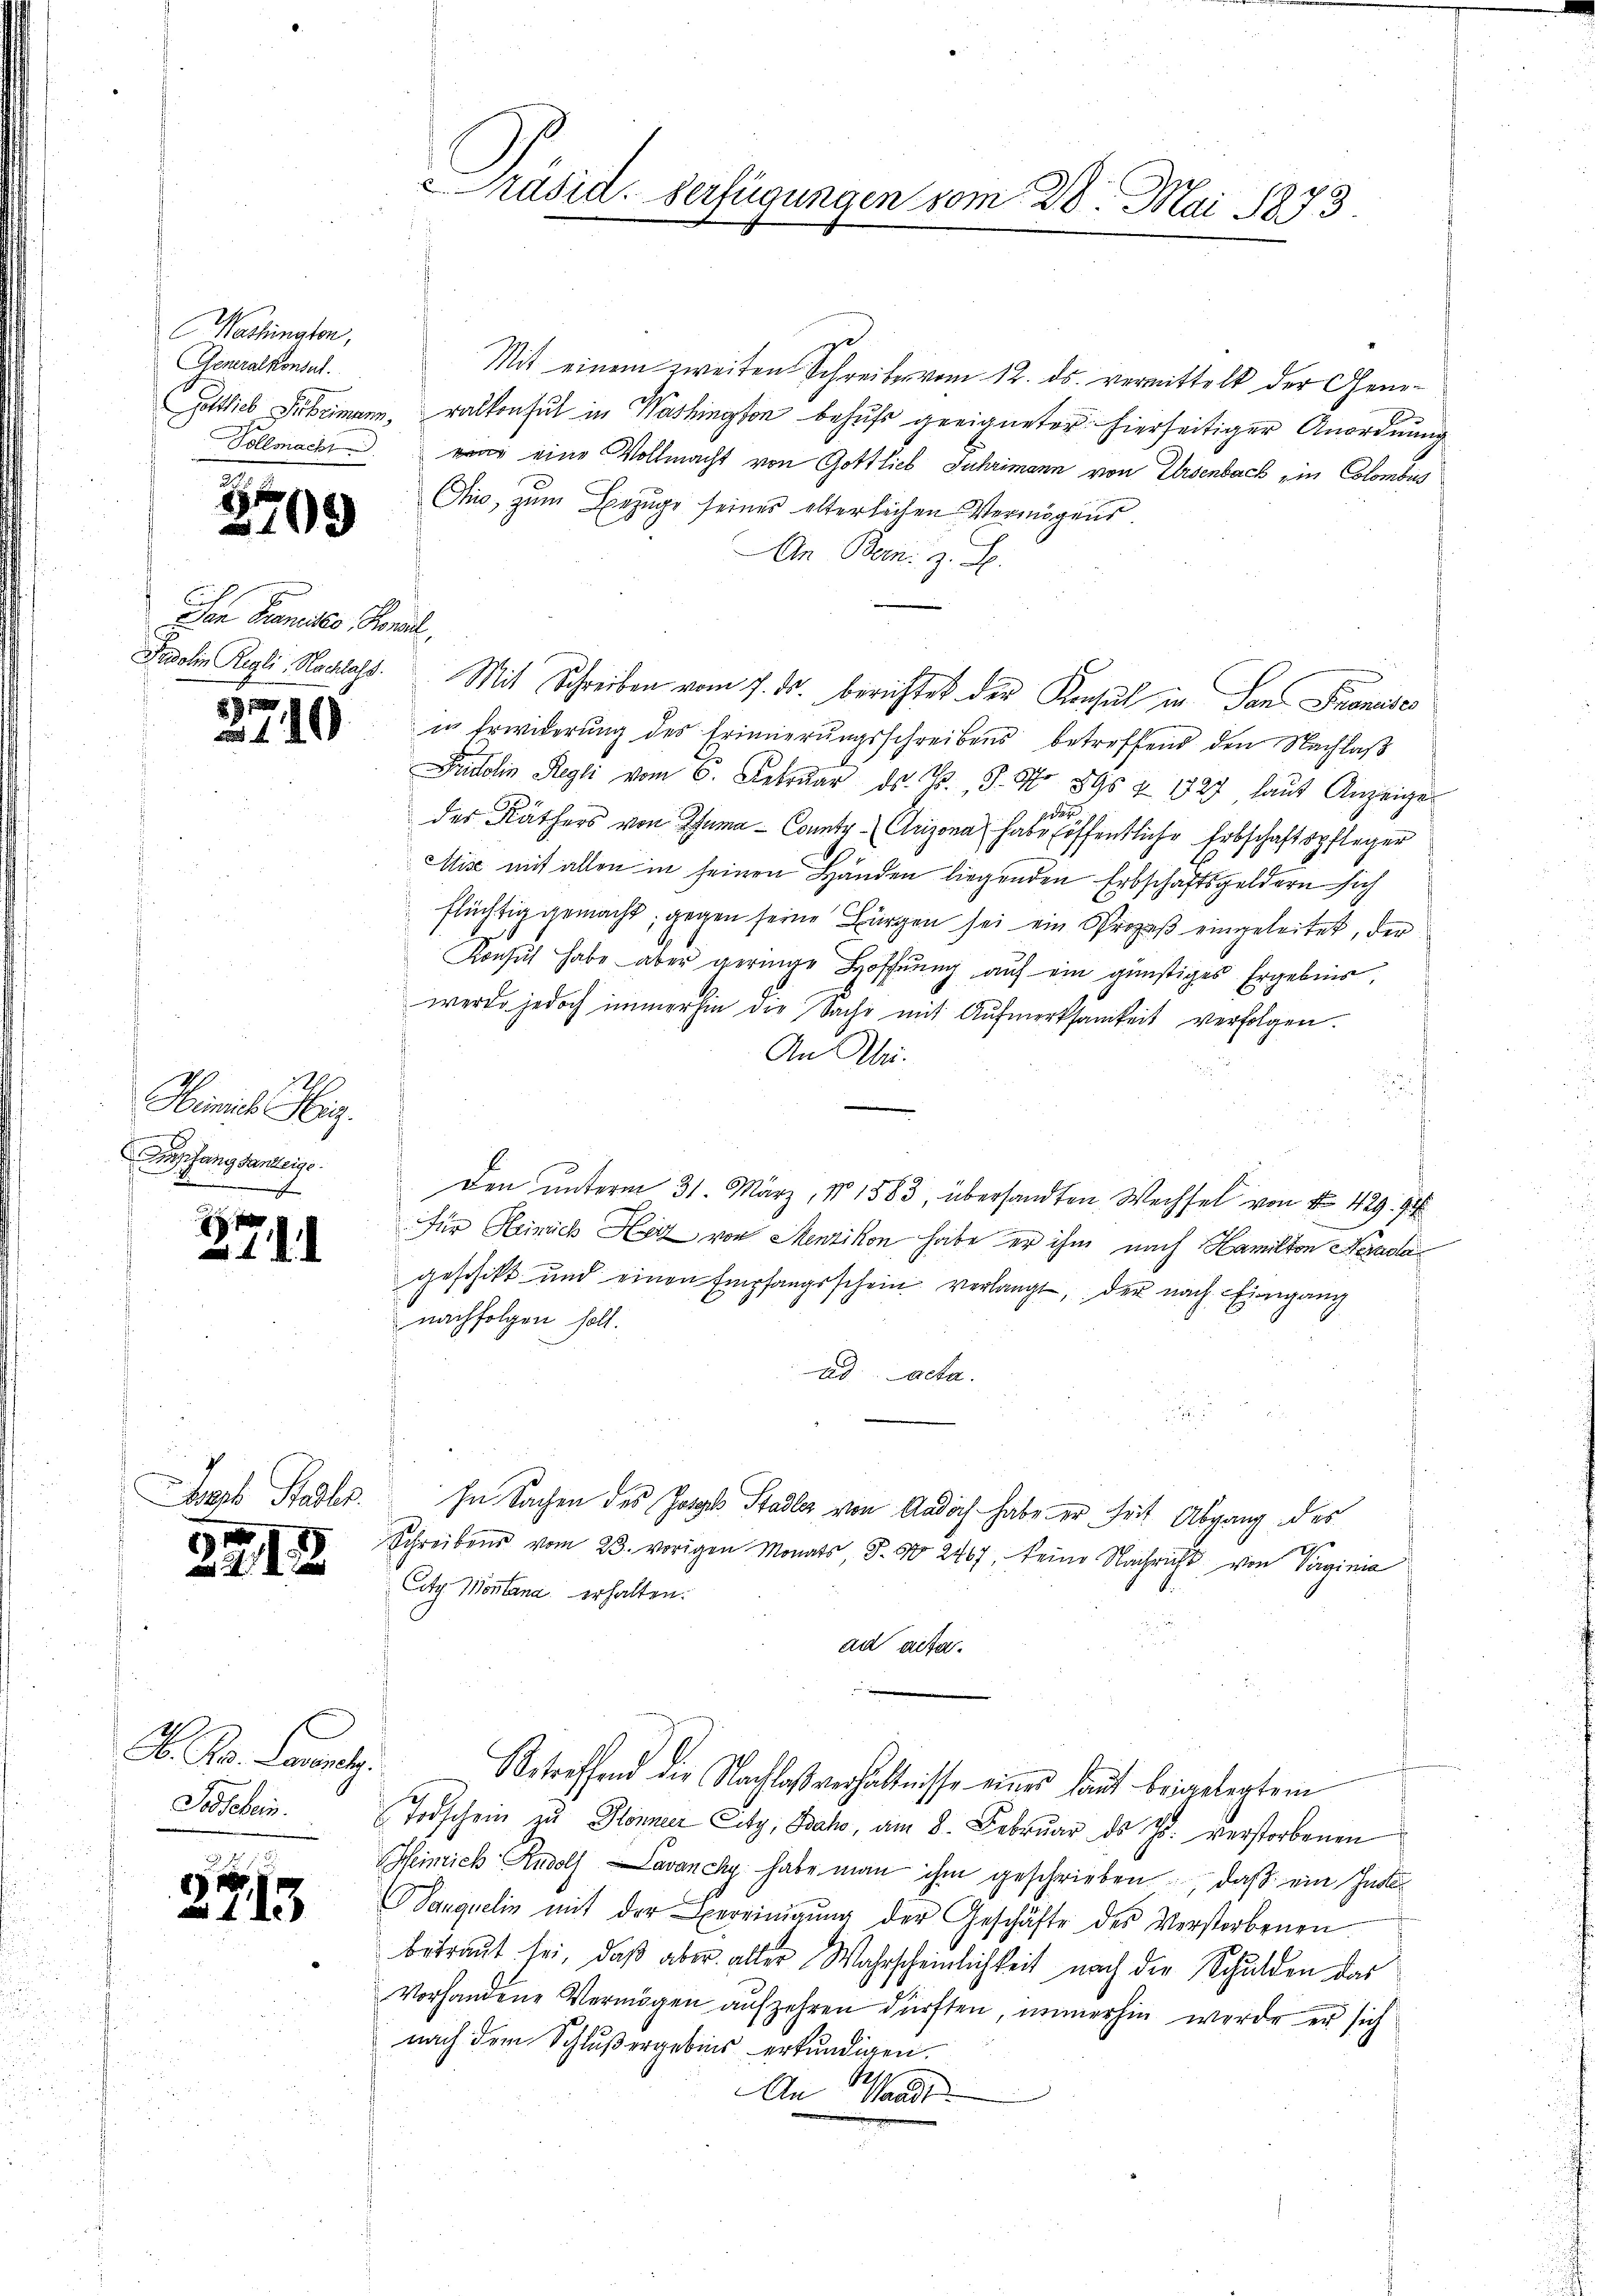
Washington,
Generalkonsul

29.

8

1709

Ien Kanals Konseill

19

Hiemit Hig.
mpfangsanteige
te

7

l
113

2

S
A. Kr. Lorent
Todschein.

Mit einem zweiten Schreiber vom 12. ds. vermittelt der Gene¬
Gottlieb Scheimann, Balkonsul in Washington behufs geeigneter hierseitiger Anordnung
Vollmacht war eine Vollmacht von Gottlieb Juhrimann von Eisenbach in Colombieg
Ais, zum Bezuge seines elterlichen Vermögens.
An Bern: z. B.
Frolin Reli. Nachlach. Mit Schreiben vom 7. ds. berichtet der Konsul in San Fronises
in Erwiderung des Erinnerungsschreibens betreffend den Nachlaß
Fridolin Regli vom 6. Febrŭar d. J. J. No 895 & 1727 laŭt Anzeige
des Räthers von Zuma - Contr. (Urizona habe es effentliche Erbschaftspfleger
Mise mit allen in seinen Händen liegenden Erbschaftsgeldern sich
flüchtig gemacht, gegen seine Bürgen sei ein Prozeß eingeleitet, der
Konsul habe aber geringe Hoffnung auf ein günstiges Ergebnis,
werde jedoch immerhin die Sache mit Aufmerksamkeit verfolgen.
An Mei
Den unterm 31. März, 1583, übersandten Wechsel von No 429. 94
für Heinrich Herz von Menzikon habe er ihm nach Hamilton Nerda
geschikt und einen Empfangsschein verlangt, der nach Eingang
nachfolgen holt.
ad Acta.
Iseph Stadler. In Sachen des Josyls Stadler von Andoch habe er seit Abgang des
Schreibens vom 23. vorigen Monats, S. No 2467, keine Nachricht von Verginia
Citz Montana erhalten.
ad acta.
Betreffend die Nachlaßverhältnisse eines laut beigelegtem
Todschein zu Körner Edy, Baho, am 8. Februar ds J. verstorbenen
Heinrich Rudolf avanchy habe man ihm geschrieben, daß ein Indi¬
Sanquelin mit der Bereinigŭng der Geschäfte des Verstorbenen.
betraut sei, daß aber aller Wahrscheinlichkeit nach der Schulden das
Vorhandene Vermögen aufzehren dürften, immerhin werde er sich
nach dem Schlußergebnis erkundigen.
B.
An Waadt

Präsid. Verfügungen vom 28. Mai 1873.